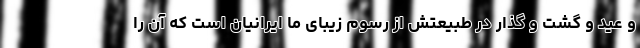
و عید و گشت و گذار در طبیعتش از رسوم زیبای ما ایرانیان است که آن را